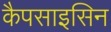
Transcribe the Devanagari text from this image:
कैपसाइसिन